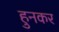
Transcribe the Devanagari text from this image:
हुनकर